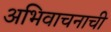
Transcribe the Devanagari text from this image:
अभिवाचनाची